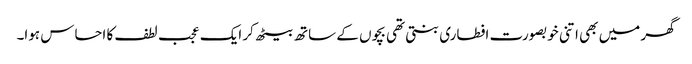
گھر میں بھی اتنی خوبصورت افطاری بنتی تھی بچوں کے ساتھ بیٹھ کر ایک عجب لطف کا احساس ہوا۔